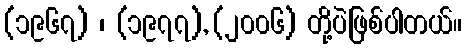
(၁၉၆၇) ၊ (၁၉၇၇), (၂၀၀၆) တို့ပဲဖြစ်ပါတယ်။